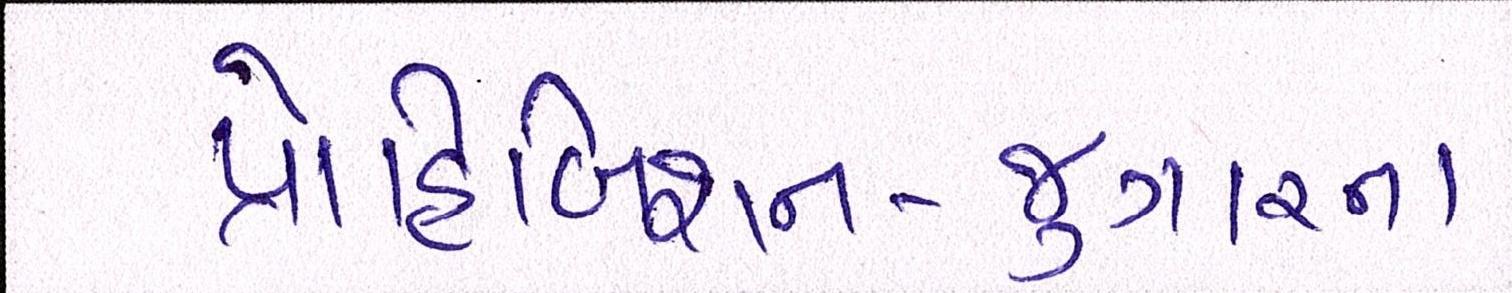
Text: પ્રાહિબિશન-જુગારના